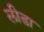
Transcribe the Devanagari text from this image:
लीडा